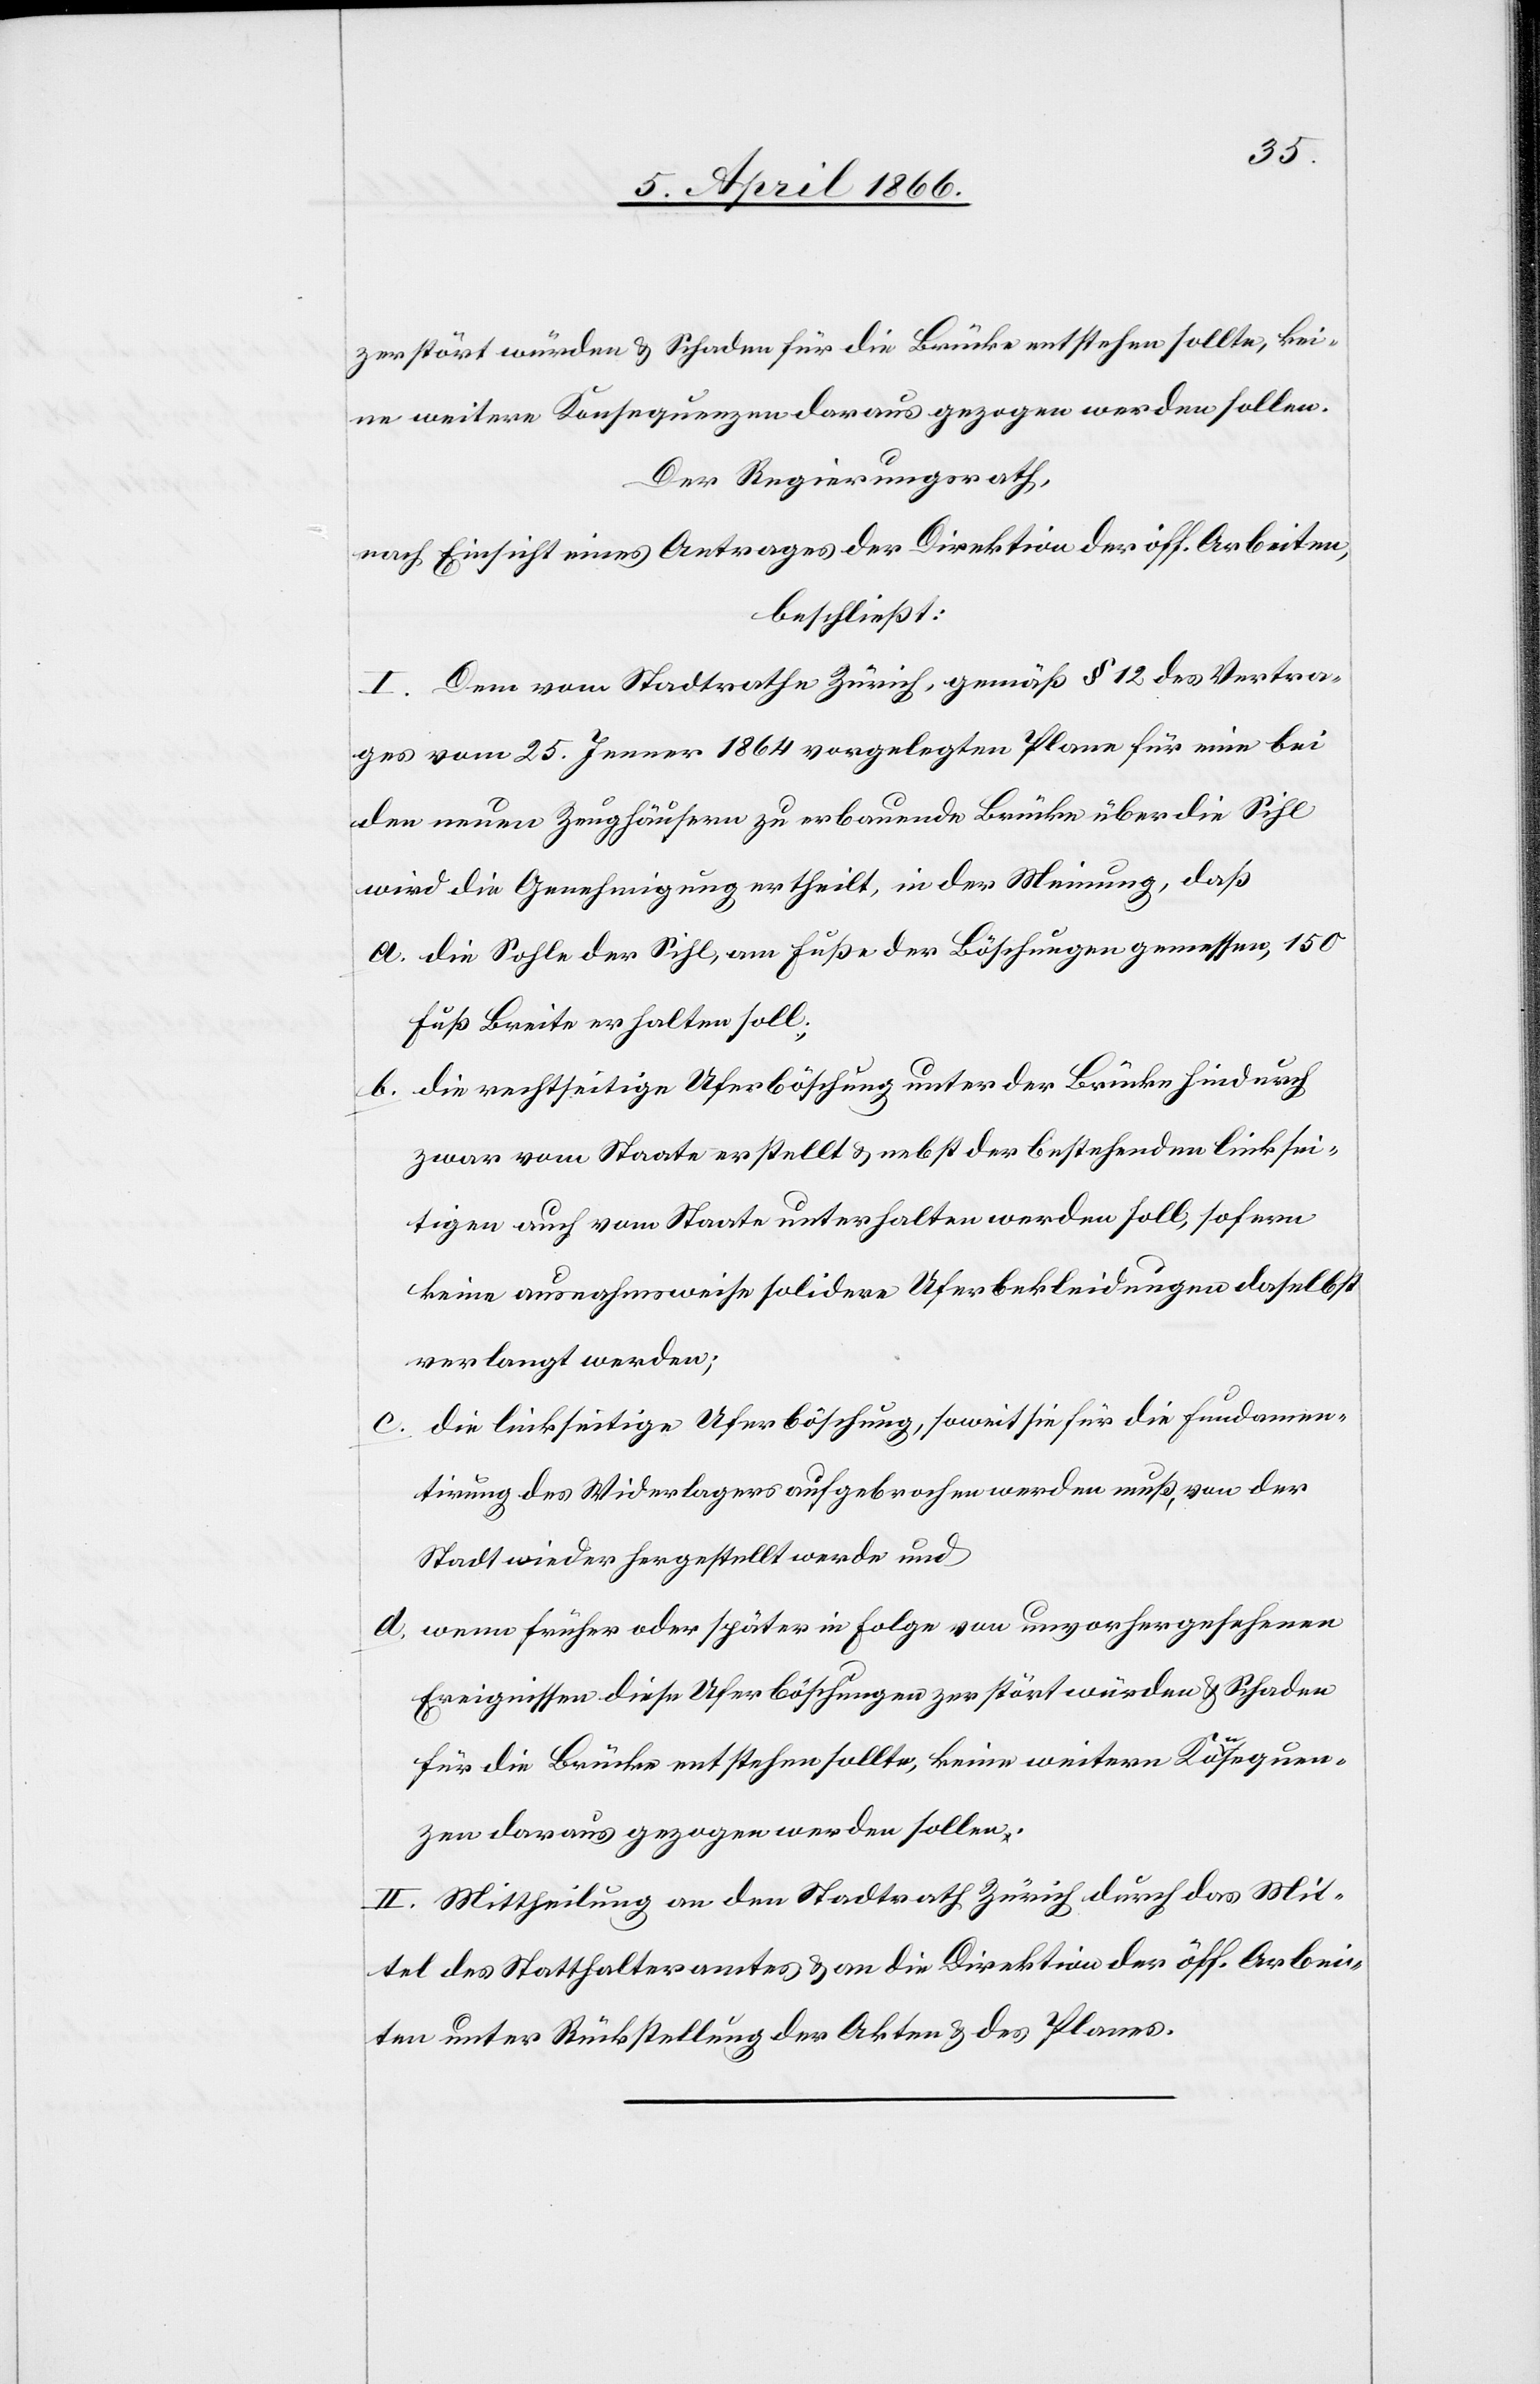
zerstört würden u. Schaden für die Brücke entstehen sollte, kei¬
ne weitern Konsequenzen daraus gezogen werden sollen.
Der Regierungsrath,
nach Einsicht eines Antrages der Direktion der öff. Arbeiten,
beschließt:
I. Dem vom Stadtrathe Zürich, gemäß § 12 des Vertra¬
ges vom 25. Jenner 1864 vorgelegten Plane für eine bei
den neuen Zeughäusern zu erbauende Brücke über die Sihl
wird die Genehmigung ertheilt, in der Meinung, daß
a. die Sohle der Sihl, am Fuße der Böschungen gemessen, 150
Fuß Breite erhalten soll;
b. die rechtseitige Uferböschung unter der Brücke hindurch
zwar vom Staate erstellt u. nebst der bestehend linksei¬
tigen auch vom Staate unterhalten werden soll, sofern
keine ausnahmsweise solidern Uferböschungen daselbst
verlangt werden;
die linkseitige Uferböschung, soweit sie für die Fundamen¬
tirung des Widerlagers aufgebrochen werden muß, von der
Stadt wieder hergestellt werde und
d. wenn früher oder später in Folge von unvorhergesehenen
Ereignissen diese Uferböschungen zerstört würden u. Schaden
für die Brücke entstehen sollte, keine weitern Konsequen¬
zen daraus gezogen werden sollen.
II. Mittheilung an den Stadtrath Zürich durch das Mit¬
tel des Statthalteramtes u. an die Direktion der öff. Arbei¬
ten unter Rückstellung der Akten u. des Planes.